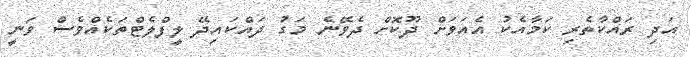
އަދި ރައްކާތެރި ކަމާއެކު އެއަވަށް ދޫކޮށް ދެވޭނެ މަގު ދައްކައިދޭ ލީފްލެޓްތަކެއްވެސް ވަނީ